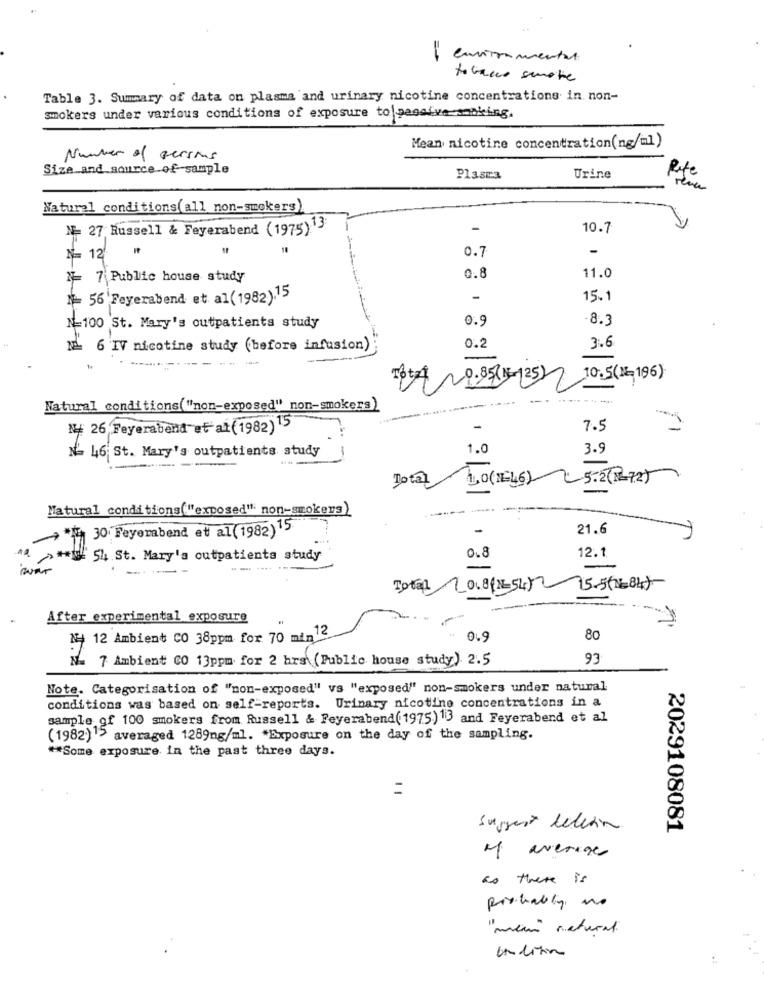
environmental
=
tobacco smote
Table 3. Summary of data on plasma and urinary nicotine concentrations in non-
smokers under various conditions of exposure to passive making.
Mean nicotine concentration(ng/ml)
Number of persons
Size and source of sample
Rite
Plasma
Urine
ren
Natural conditions(all non-smokers)
N- 27 Russell & Feyerabend (1975)13
-
10.7
0.7
-
N= 12
7- 7 Public house study
0.8
11.0
N= 56 Feyerabend et al( 1982).15
-
15.1
0.9
-8.3
N=100 St. Mary's outpatients study
3.6
NL 6 IV nicotine study (before infusion)
0.2
8+4 20.95 (KE (25)7 10:5(16,196)
Natural conditions("non-exposed" non-smokers)
N4 26 Feyerabend et al ( 1982)15
7.5
N- 46 St. Mary's outpatients study
1.0
3.9
-
Total
LO(1646)
-5-2(PL72)
Matural conditions( "exposed" non-smokers)
30 Feyerabend et al (1982) 15
21.6
12.1
54.St. Mary's outpatients study
0.8
Total LOL81×2545
15.5(84)-
--
After experimental exposure
N- 12 Ambient CO 38ppm for 70 min12
0.9
80
Na 7 Ambient CO 13ppm for 2 hrs (Public house study) 2.5
93
Note. Categorisation of "non-exposed" vs "exposed" non-smokers under natural
conditions was based on self-reports. Urinary nicotine concentrations in a
sample of 100 smokers from Russell & Feyerabend(1975.)13 and Feyerabend et al
(1982)15 averaged 1289ng/ml. * Exposure on the day of the sampling.
** Some exposure in the past three days.
Suggest delerin
2029108081
o average
as there is
probably no
" mein natural.